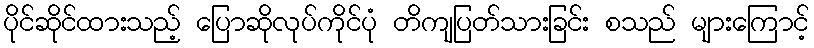
ပိုင်ဆိုင်ထားသည့် ပြောဆိုလုပ်ကိုင်ပုံ တိကျပြတ်သားခြင်း စသည် များကြောင့်